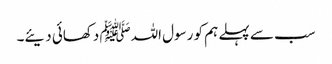
سب سے پہلے ہم کو رسول اللہﷺ دکھائی دیئے۔